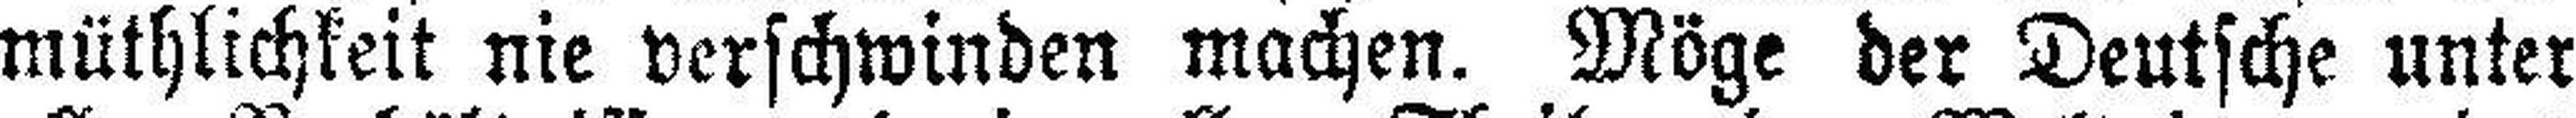
müthlichkeit nie verschwinden machen Möge der Deutsche unter